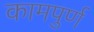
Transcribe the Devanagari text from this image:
कामपुर्ण